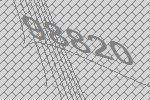
98820